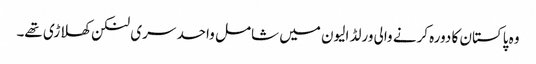
وہ پاکستان کا دورہ کرنے والی ورلڈ الیون میں شامل واحد سری لنکن کھلاڑی تھے۔